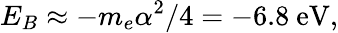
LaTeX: E_{B}\approx-m_{e}\alpha^{2}/4=-6.8\ \mathrm{eV},